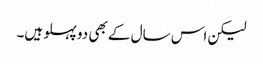
لیکن اس سال کے بھی دو پہلو ہیں۔